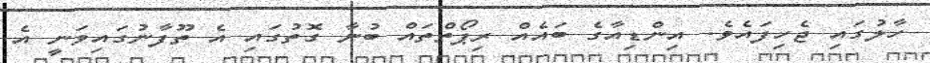
ހާލުގައި ޖެހިފައެވެ. އިންޑިއާގެ ބައެއް ރިޕޯތްތައް ބުނާ ގޮތުގައި އެ ތޫފާނުގައިވަނީ އެ